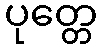
ပုတ္တေ